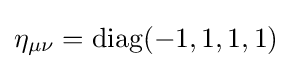
\eta _{\mu \nu }=\operatorname {diag} (-1,1,1,1)